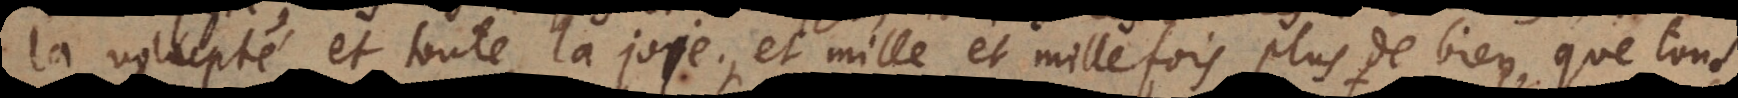
la volupté et toute la joye, et mille et mille fois plus de bien que tous